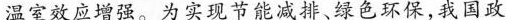
温室效应增强。为实现节能减排、绿色环保，我国政